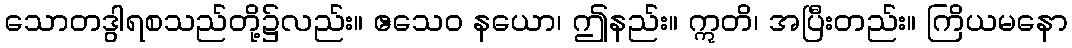
သောတဒွါရစသည်တို့၌လည်း။ ဧသေဝ နယော၊ ဤနည်း။ ဣတိ၊ အပြီးတည်း။ ကြိယမနော